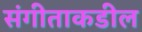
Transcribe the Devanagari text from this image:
संगीताकडील